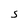
Character: S